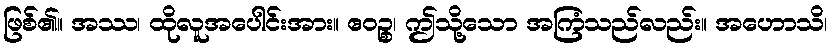
ဖြစ်၏။ အဿ၊ ထိုလူအပေါင်းအား။ ဧဝဉ္စ၊ ဤသို့သော အကြံသည်လည်း။ အဟောသိ၊